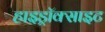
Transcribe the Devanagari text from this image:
हाइड्रॉक्साइट